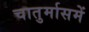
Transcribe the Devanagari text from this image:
चातुर्मासमें